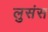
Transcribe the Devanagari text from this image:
लुसंस